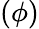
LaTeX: (\phi)